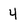
Character: 4